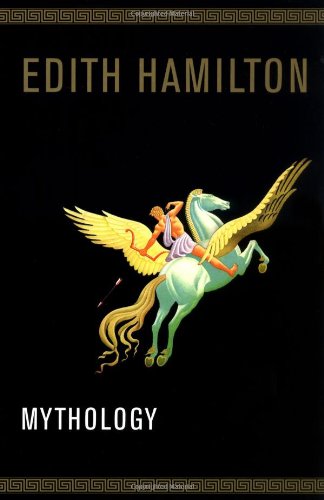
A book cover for Mythology; Edith Hamilton; Literature & Fiction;